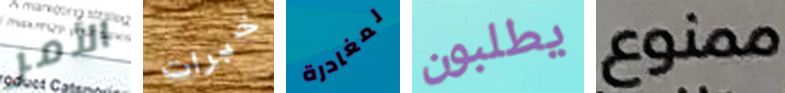
الأمر خبرات لمغادرة يطلبون ممنوع